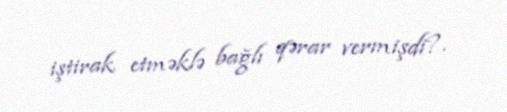
iştirak etməklə bağlı qərar vermişdi?.